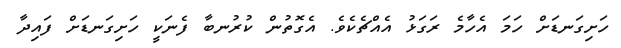
ހަށިގަނޑަށް ހަމަ އެހާމެ ރަގަޅު އެއްޗެކެވެ. އެގޮތުން ކުރުނބާ ފެނަކީ ހަށިގަނޑަށް ފައިދާ